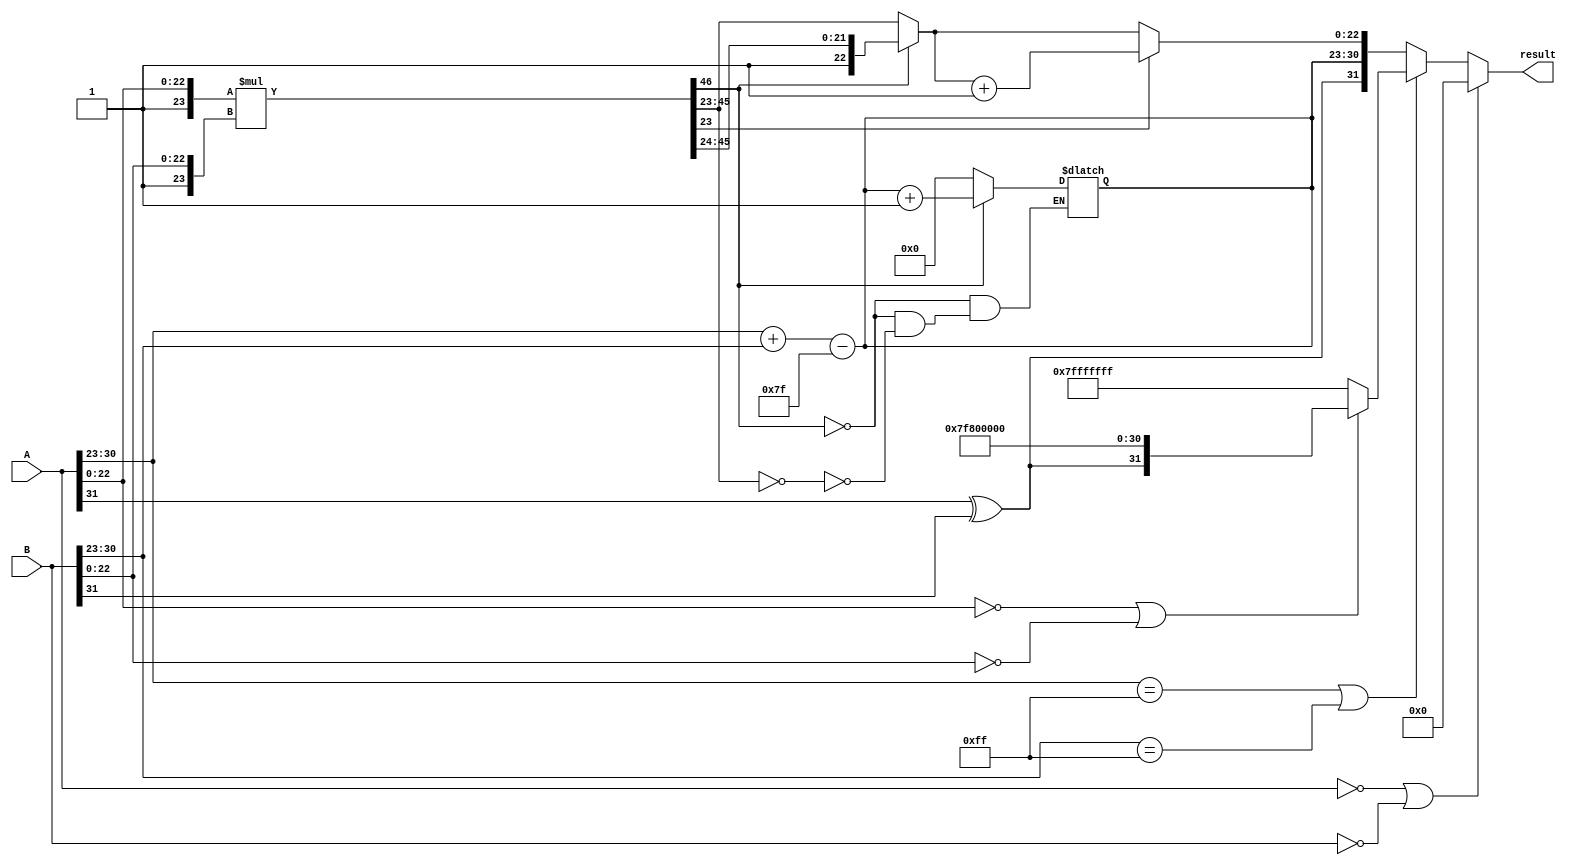
module floating_point_multiplier (
    input  wire [31:0] A, // First floating-point input
    input  wire [31:0] B, // Second floating-point input
    output reg  [31:0] result // Product of A and B
);

    // Internal signals for components
    wire sign_A = A[31];
    wire sign_B = B[31];
    wire [7:0] exp_A = A[30:23];
    wire [7:0] exp_B = B[30:23];
    wire [22:0] mant_A = A[22:0];
    wire [22:0] mant_B = B[22:0];

    // Intermediate values
    reg [7:0] exp_result;
    reg [46:0] mant_result; // 23 + 23 + 1 (implicit leading 1)
    reg sign_result;
    reg [23:0] mant_final; // Final mantissa after normalization

    // Calculate the sign of the result
    always @(*) begin
        sign_result = sign_A ^ sign_B;
    end

    // Calculate the exponent of the result
    always @(*) begin
        exp_result = exp_A + exp_B - 8'd127; // Subtract bias
    end

    // Mantissa multiplication (with implicit leading one)
    always @(*) begin
        mant_result = {1'b1, mant_A} * {1'b1, mant_B}; // Include implicit leading 1
    end

    // Normalization and rounding
    always @(*) begin
        // Check if mantissa needs normalization
        if (mant_result[46] == 1'b1) begin
            mant_final = mant_result[46:24]; // Shift right by 1
            exp_result = exp_result + 8'd1; // Increase exponent
        end else begin
            mant_final = mant_result[45:23]; // Keep the 23 bits
            // If mantissa is zero, set exponent to zero
            if (mant_final == 24'b0) begin
                exp_result = 8'b0;
            end
        end
        
        // Rounding (to nearest even)
        if (mant_result[23] == 1'b1) begin
            mant_final = mant_final + 1'b1; // Round up
        end
    end

    // Assemble the final result
    always @(*) begin
        // Handle special cases
        if (A == 32'b0 || B == 32'b0) begin
            result = 32'b0; // Zero case
        end else if (exp_A == 8'hFF || exp_B == 8'hFF) begin
            if (mant_A == 23'b0 || mant_B == 23'b0) begin
                result = {sign_result, 8'hFF, 23'b0}; // Infinity case
            end else begin
                result = 32'h7FFFFFFF; // NaN case
            end
        end else begin
            result = {sign_result, exp_result, mant_final[22:0]}; // Normal case
        end
    end

endmodule